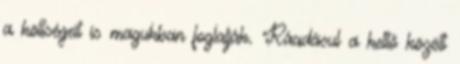
a költségeit is magukban foglalják. Ráadásul a kettő között